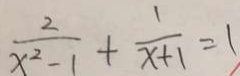
\frac { 2 } { x ^ { 2 } - 1 } + \frac { 1 } { x + 1 } = 1